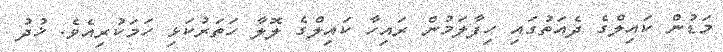
މަޑުން ކައިލްގެ ދެއަތުގައި ހިފާލަމުން ރައިހާ ކައިލްގެ ލޮލާ ހަތަރުކަޅި ހަމަކުރިއެވެ. ޚުދު